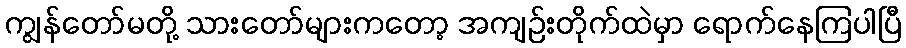
ကျွန်တော်မတို့ သားတော်များကတော့ အကျဉ်းတိုက်ထဲမှာ ရောက်နေကြပါပြီ